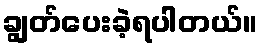
ချွတ်ပေးခဲ့ရပါတယ်။